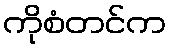
ကိုစံတင်က